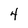
Character: 4